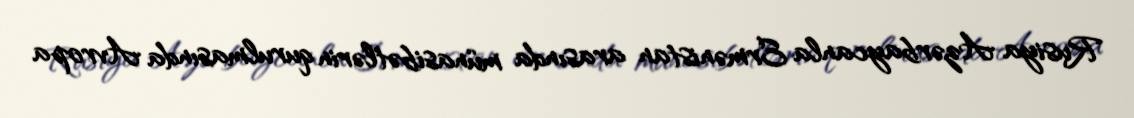
Rusiya Azərbaycanla Ermənistan arasında münasibətlərin qurulmasında Avropa